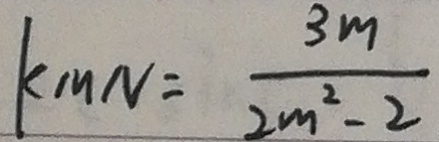
k _ { M N } = \frac { 3 m } { 2 m ^ { 2 } - 2 }